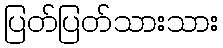
ပြတ်ပြတ်သားသား